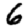
Digit: 6